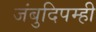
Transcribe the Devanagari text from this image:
जंबुदिपम्ही